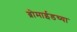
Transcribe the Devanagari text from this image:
ब्रोमाईडच्या